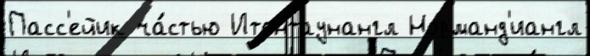
Пасс'ейик ча́стью Итонтаунангл Норманд'иангл